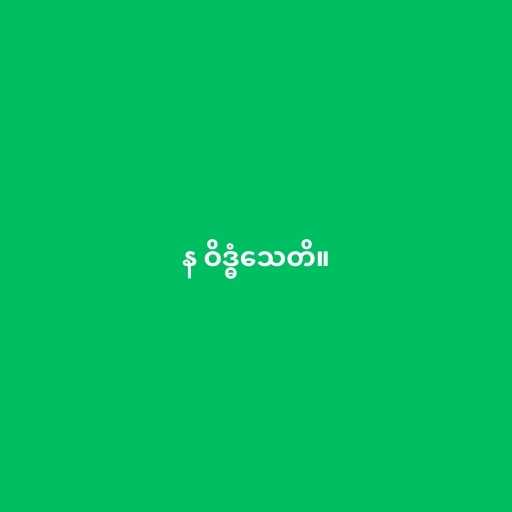
န ဝိဒ္ဓံသေတိ။